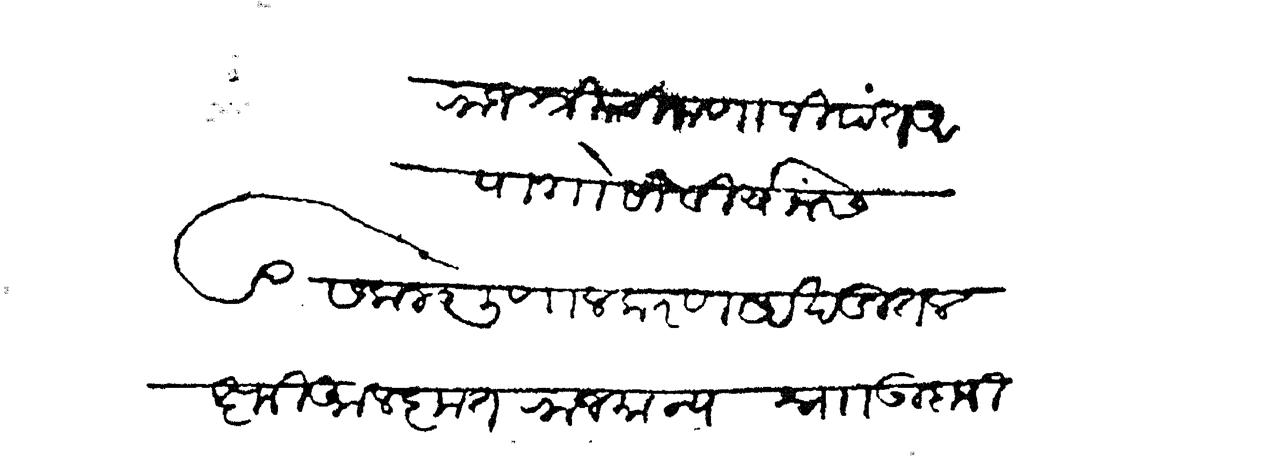
Transliteration (Devanagari): राजश्री चिमणाजी पंत आपा गोसांवी यांसि सकल गुणालकरण अखंडित लक्ष्मी आलकृत राजमान्य श्नाा उदाजी